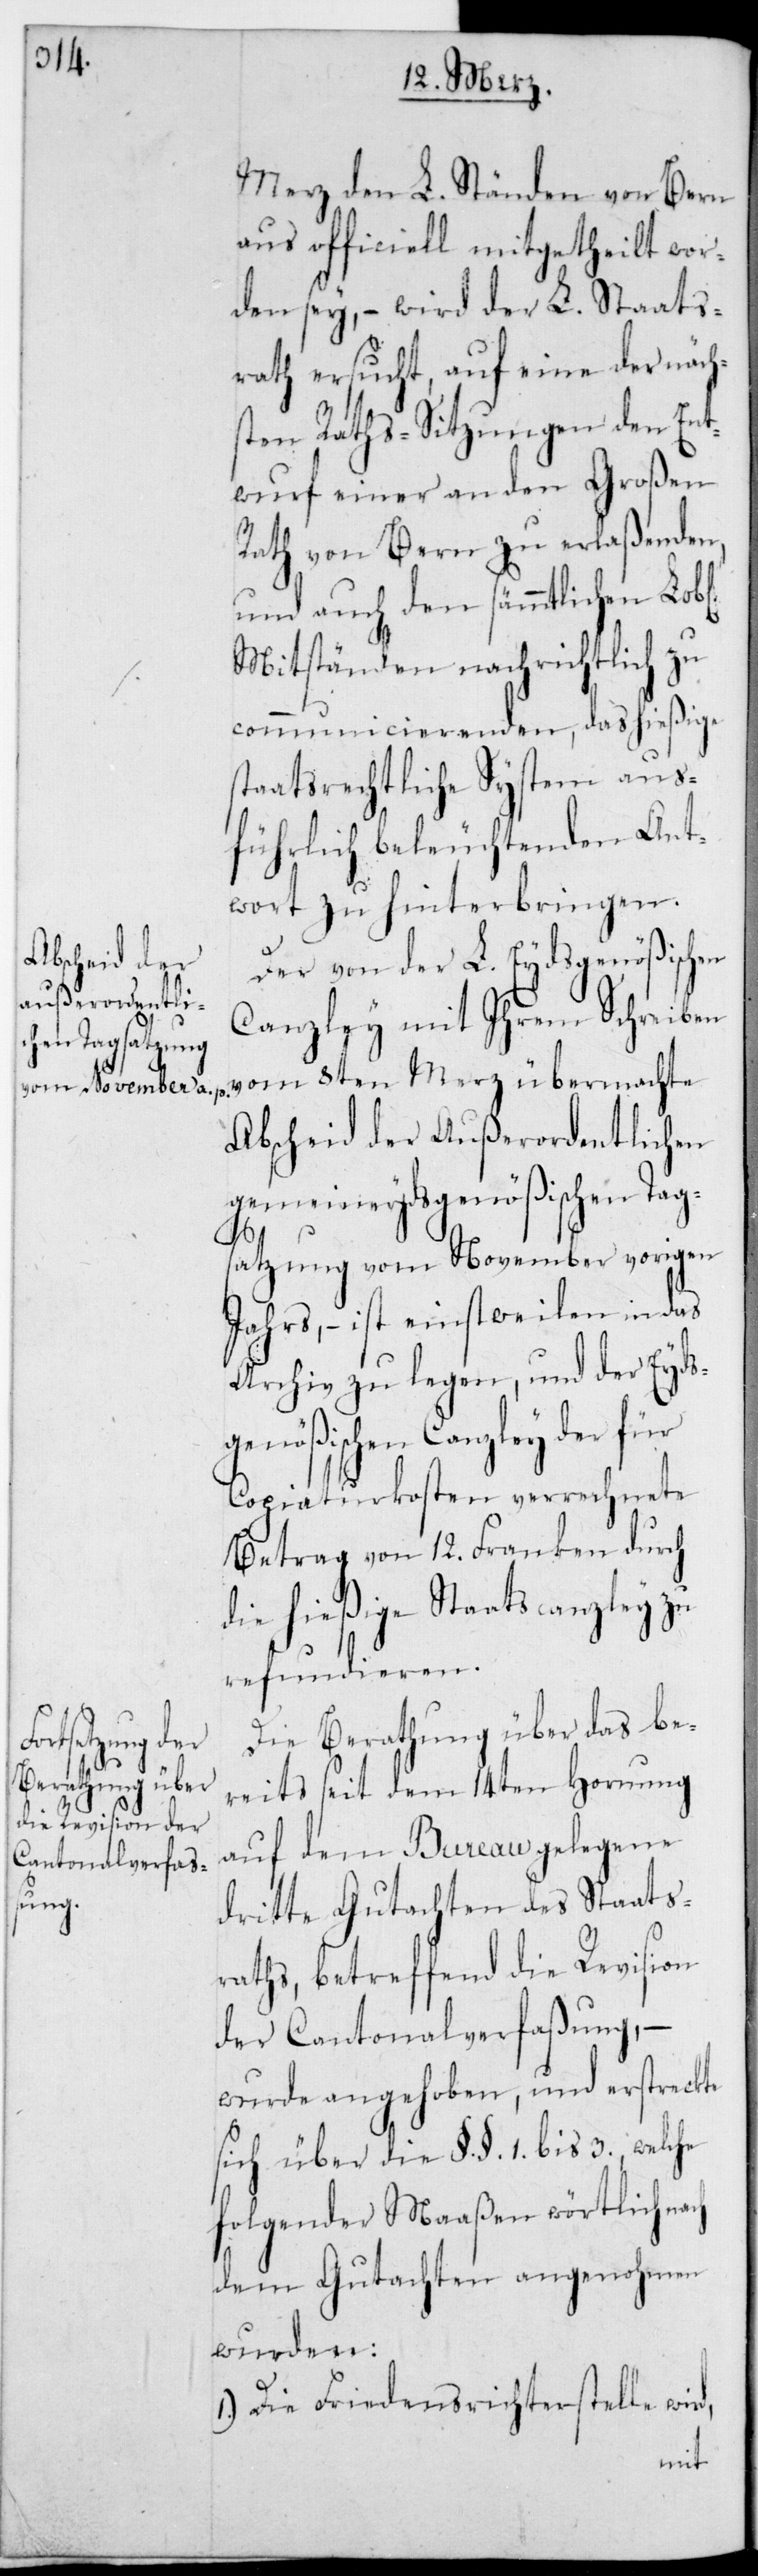
rd,

Merz den L. Ständen von Bern
aus officiell mitgetheilt wor¬
den sey, – wird der L. Staats¬
rath ersucht, auf eine der näch¬
sten Raths-Sitzungen den Ent¬
wurf einer an den Großen
Rath von Bern zu erlaßenden
und auch den sämmtlichen Lobl.
Mitständen nachrichtlich zu
communicierenden, das hießige
staatsrechtliche System aus¬
führlich beleuchtenden Ant¬
wort zu hinterbringen.
Der von der L. Eydsgenößischen
Canzley mit ihrem Schreiben
vom 8ten Merz übermachte
Abscheid der außerordentlichen
gemeineydsgenößischen Tag¬
satzung vom November vorigen
Jahrs, – ist einstweilen in das
Archiv zu legen, und der Eyds¬
genößischen Canzley der für
Copiaturkosten verrechnete
Betrag von 12. Franken durch
die hießige Staatscanzley zu
refundieren.
Die Berathung über das be¬
reits seit dem 14ten Hornung
auf dem Bureau gelegene
dritte Gutachten des Staats¬
raths, betreffend die Revision
der Cantonalverfaßung, –
wurde angehoben, und erstreckte
sich über die §.§. 1. bis 3., welche
folgender Maaßen wörtlich na¬
dem Gutachten angenohmen
wurden:
1.) Die Friedensrichterstelle wi¬